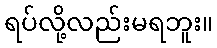
ရပ်လို့လည်းမရဘူး။